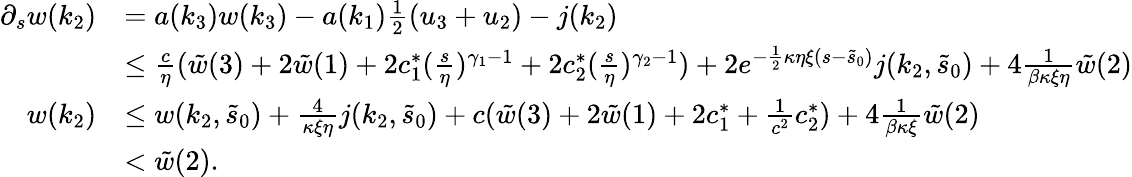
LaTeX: \begin{array}{rl}{\partial_{s}w(k_{2})}&{=a(k_{3})w(k_{3})-a(k_{1})\frac 12(u_{3}+u_{2})-j(k_{2})}\\ &{\le\frac{c}\eta(\tilde{w}(3)+2\tilde{w}(1)+2c_{1}^{\ast}(\frac s\eta)^{\gamma_{1}-1}+2c_{2}^{\ast}(\frac s\eta)^{\gamma_{2}-1})+2e^{-\frac 12\kappa\eta\xi(s-\tilde{s}_{0})}j(k_{2},\tilde{s}_{0})+4\frac{1}{\beta\kappa\xi\eta}\tilde{w}(2)}\\ {w(k_{2})}&{\le w(k_{2},\tilde{s}_{0})+\frac 4{\kappa\xi\eta}j(k_{2},\tilde{s}_{0})+c(\tilde{w}(3)+2\tilde{w}(1)+2c_{1}^{\ast}+\frac 1{c^{2}}c_{2}^{\ast})+4\frac{1}{\beta\kappa\xi}\tilde{w}(2)}\\ &{<\tilde{w}(2).}\end{array}